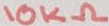
Text: 10KΩ